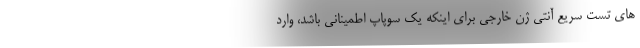
های تست سریع آنتی ژن خارجی برای اینکه یک سوپاپ اطمینانی باشد، وارد